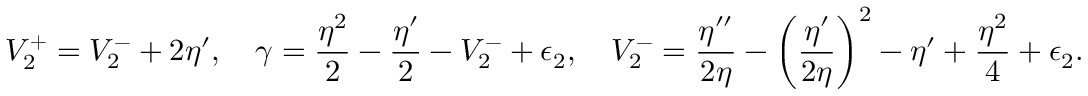
V _ { 2 } ^ { + } = V _ { 2 } ^ { - } + 2 \eta ^ { \prime } , \quad \gamma = \frac { \eta ^ { 2 } } { 2 } - \frac { \eta ^ { \prime } } { 2 } - V _ { 2 } ^ { - } + \epsilon _ { 2 } , \quad V _ { 2 } ^ { - } = \frac { \eta ^ { \prime \prime } } { 2 \eta } - \left( \frac { \eta ^ { \prime } } { 2 \eta } \right) ^ { 2 } - \eta ^ { \prime } + \frac { \eta ^ { 2 } } { 4 } + \epsilon _ { 2 } .